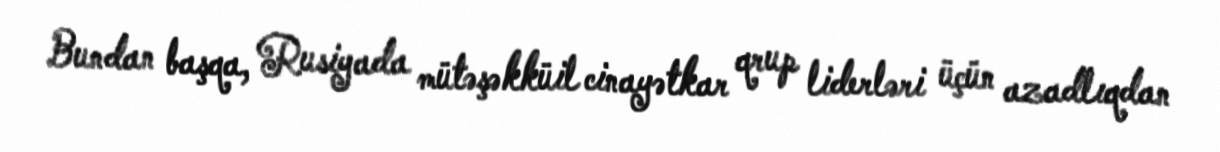
Bundan başqa, Rusiyada mütəşəkküil cinayətkar qrup liderləri üçün azadlıqdan